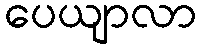
ပေယျာလာ